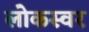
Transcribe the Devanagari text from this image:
लोकस्वर